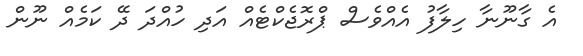
އެ ގާނޫނާ ހިލާފު އެއްވެސް ޕްރޮޖެކްޓެއް އަދި ހުއްދަ ދޭ ކަމެއް ނޫން